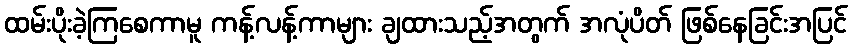
ထမ်းပိုးခဲ့ကြစေကာမူ ကန့်လန့်ကာများ ချထားသည့်အတွက် အလုံပိတ် ဖြစ်နေခြင်းအပြင်